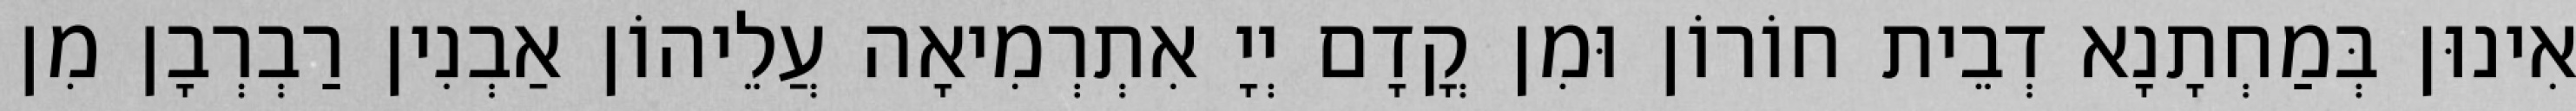
אִינוּן בְּמַחְתָנָא דְבֵית חוֹרוֹן וּמִן קֳדָם יְיָ אִתְרְמִיאָה עֲלֵיהוֹן אַבְנִין רַבְרְבָן מִן